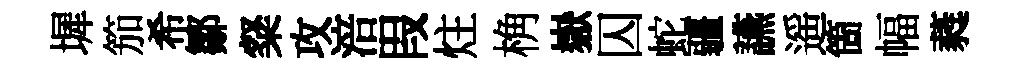
墀笳希鄒粲攻涪叚炷桷嶽囚蛇疆讌遥箇幅蕤